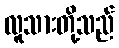
လူသားတို့သည်